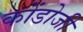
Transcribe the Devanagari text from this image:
कोंडोजी